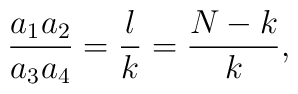
\frac {a_1 a_2}{a_3 a_4} = \frac {l}{k} = \frac {N-k}{k},